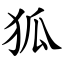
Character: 狐